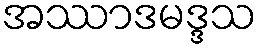
အဿာဒမဒ္ဒသ